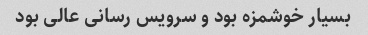
بسیار خوشمزه بود و سرویس رسانی عالی بود